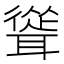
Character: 聳